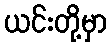
ယင်းတို့မှာ